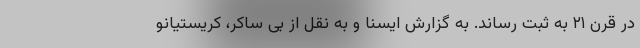
در قرن ۲۱ به ثبت رساند. به گزارش ایسنا و به نقل از بی ساکر، کریستیانو